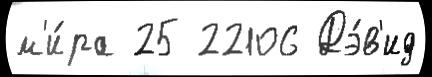
м'и́ра 25 22106 Дэ́в'ид